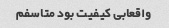
واقعابی کیفیت بود متاسفم